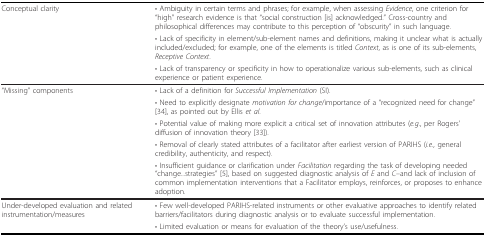
| Conceptual clarity | • Ambiguity in certain terms and phrases; for example, when assessing Evidence, one criterion for "high" research evidence is that "social construction [is] acknowledged." Cross-country and philosophical differences may contribute to this perception of "obscurity" in such language. |
 |  | • Lack of specificity in element/sub-element names and definitions, making it unclear what is actually included/excluded; for example, one of the elements is titled Context, as is one of its sub-elements, Receptive Context. |
 |  | • Lack of transparency or specificity in how to operationalize various sub-elements, such as clinical experience or patient experience. |
 | --- | --- |
 | "Missing" components | • Lack of a definition for Successful Implementation (SI). |
 |  | • Need to explicitly designate motivation for change/importance of a "recognized need for change" [34], as pointed out by Ellis et al. |
 |  | • Potential value of making more explicit a critical set of innovation attributes (e.g., per Rogers' diffusion of innovation theory [33]). |
 |  | • Removal of clearly stated attributes of a facilitator after earliest version of PARIHS (i.e., general credibility, authenticity, and respect). |
 |  | • Insufficient guidance or clarification under Facilitation regarding the task of developing needed "change...strategies" [5], based on suggested diagnostic analysis of E and C--and lack of inclusion of common implementation interventions that a Facilitator employs, reinforces, or proposes to enhance adoption. |
 | Under-developed evaluation and related instrumentation/measures | • Few well-developed PARIHS-related instruments or other evaluative approaches to identify related barriers/facilitators during diagnostic analysis or to evaluate successful implementation. |
 |  | • Limited evaluation or means for evaluation of the theory's use/usefulness. |